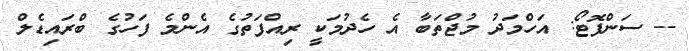
-- ސަންފޮޓޯ: އަހްމަދު މުޖްތަބާ އެ ހެދުމަކީ ރިއްފަތުގެ އެންމެ ފަހުގެ ބްރައިޑެލް